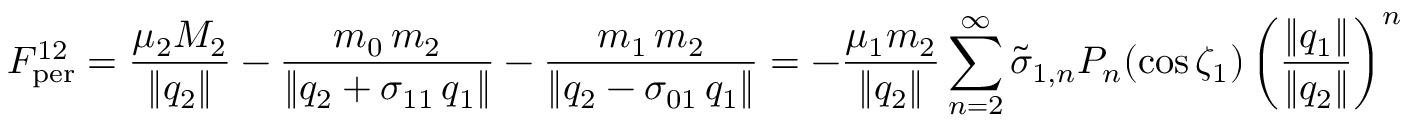
F _ { \mathrm { p e r } } ^ { 1 2 } = \frac { \mu _ { 2 } M _ { 2 } } { \| q _ { 2 } \| } - \frac { m _ { 0 } \, m _ { 2 } } { \| q _ { 2 } + \sigma _ { 1 1 } \, q _ { 1 } \| } - \frac { m _ { 1 } \, m _ { 2 } } { \| q _ { 2 } - \sigma _ { 0 1 } \, q _ { 1 } \| } = - \frac { \mu _ { 1 } m _ { 2 } } { \| q _ { 2 } \| } \sum _ { n = 2 } ^ { \infty } \tilde { \sigma } _ { 1 , n } P _ { n } ( \cos \zeta _ { 1 } ) \left( \frac { \| q _ { 1 } \| } { \| q _ { 2 } \| } \right) ^ { n }